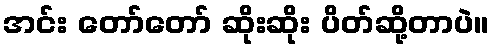
အင်း တော်တော် ဆိုးဆိုး ပိတ်ဆို့တာပဲ။